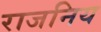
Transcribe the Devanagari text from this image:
राजनिय